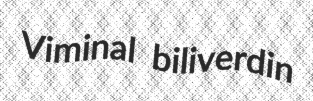
Viminal biliverdin